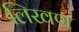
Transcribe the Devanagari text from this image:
लिखण